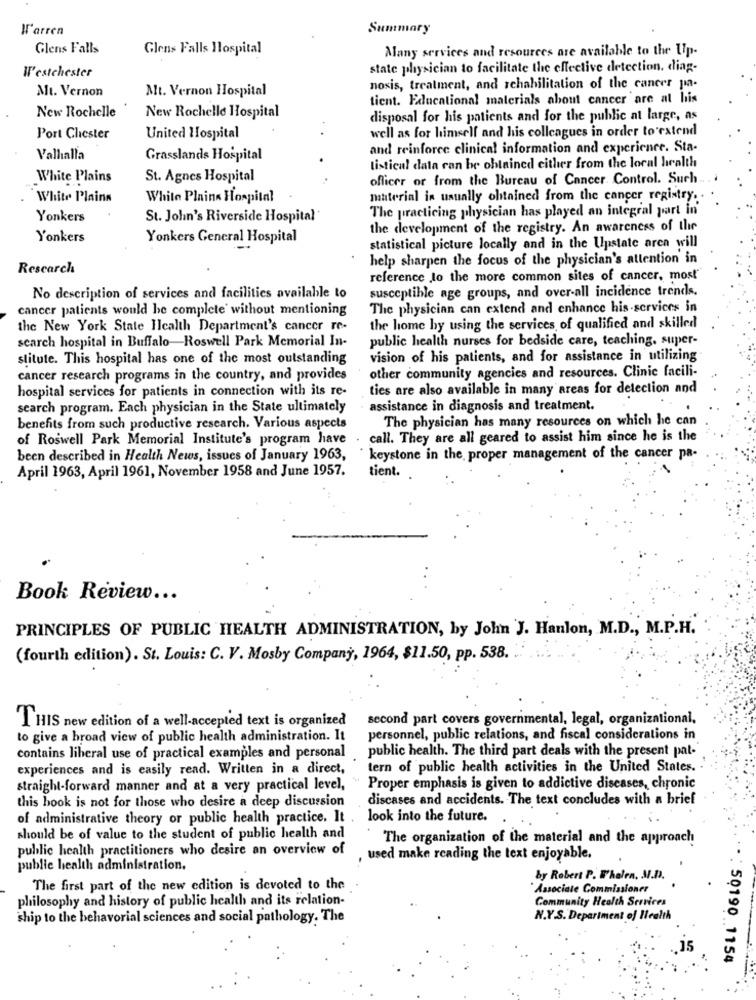
J'arren
Summary
Glens Falls
Glens Falls Hospital
Many services and resources are available to the Up-
Westchester
state physician to facilitate the effective detection. diag-
Mt. Vernon
Mt. Vernon Hospital
nosis, treatment, and schabilitation of the cancer pa-
tient. Educational materials about cancer are at his
New Rochelle
New Rochelle Hospital
disposal for his patients and for the public at large, as
well as for himself and his colleagues in order to extend
Port Chester
United Hospital
and reinforce clinical information and experience. Sta-
Valhalla
Grasslands Hospital
listical data can be obtained either from the local health
White Plains
St. Agnes Hospital
officer or from the Bureau of Cancer Control. Such
White Plains
White Plains Hospital
material in usually obtained from the cancer registry.
The practicing physician has played an integral part in
Yonkers
St. John's Riverside Hospital
the development of the registry. An awareness of the
Yonkers
Yonkers General Hospital
statistical picture locally and in the Upstate aren will
help sharpen the focus of the physician's attention in
Research
reference to the more common sites of cancer, most
susceptible age groups, and over-all incidence trends.
No description of services and facilities available to
cancer patients would be complete without mentioning
The physician can extend and enhance his-services in
the New York State Ilcalth Department's cancer re-
the home by using the services of qualified and skilled
search hospital in Buffalo-Roswell Park Memorial In-
public health nurses for bedside care, teaching, super-
stitute. This hospital has one of the most outstanding
vision of his patients, and for assistance in utilizing
other community agencies and resources. Clinic facili-
cancer research programs in the country, and provides
hospital services for patients in connection with its re-
ties are also available in many areas for detection and
search program. Each physician in the State ultimately
assistance in diagnosis and treatment.
The physician has many resources on which he can
benefits from such productive research. Various aspects
of Roswell Park Memorial Institute's program have
call. They are all geared to assist him since he is the
been described in Health News, issues of January 1963,
keystone in the proper management of the cancer pa-
April 1963, April 1961, November 1958 and June 1957.
tient.
Book Review ...
PRINCIPLES OF PUBLIC HEALTH ADMINISTRATION, by John J. Hanlon, M.D ., M.P.H.
(fourth edition). St. Louis: C. V. Mosby Company, 1964, $11.50, pp. 538.
second part covers governmental, legal, organizational,
THIS new edition of a well-accepted text is organized
to give a broad view of public health administration. It
personnel, public relations, and fiscal considerations in
public health. The third part deals with the present pat-
contains liberal use of practical examples and personal
experiences and is easily read. Written in a direct,
tern of public health activities in the United States.
straight-forward manner and at a very practical level,
Proper emphasis is given to addictive diseases, chronic
this book is not for those who desire a deep discussion
discases and accidents. The text concludes with a brief
of administrative theory or public health practice. It .
look into the future.
should be of value to the student of public health and
The organization of the material and the approach!
public health practitioners who desire an overview of
, used make reading the text enjoyable.
public health administration,
by Robert P. F'helen, M.D.
The first part of the new edition is devoted to the
Associate Commissioner
philosophy and history of public health and its relation-
Community Health Services
ship to the behavorial sciences and social pathology. The
N.Y.S. Department of Health
. : 50190 1154